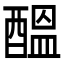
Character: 醞